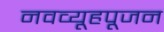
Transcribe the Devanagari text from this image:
नवव्यूहपूजन